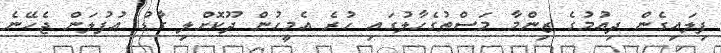
ފިލައިގެން ދިއުމުގެ ޒިންމާ މަސްތުގެހާލުގައި ހުރެ އެމީހުން ދޫކޮށްލި ގާޑު އުފުލަން ޖެހޭނެ